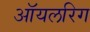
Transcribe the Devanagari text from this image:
ऑयलरिग